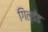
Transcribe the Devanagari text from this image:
गिल्डेड